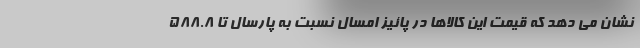
نشان می دهد که قیمت این کالاها در پائیز امسال نسبت به پارسال تا ۵۸۸.۸